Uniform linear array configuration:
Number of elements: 16
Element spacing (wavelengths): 0.25
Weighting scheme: blackman
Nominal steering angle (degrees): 15
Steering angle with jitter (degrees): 13.613
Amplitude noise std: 0.05
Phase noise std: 0.05

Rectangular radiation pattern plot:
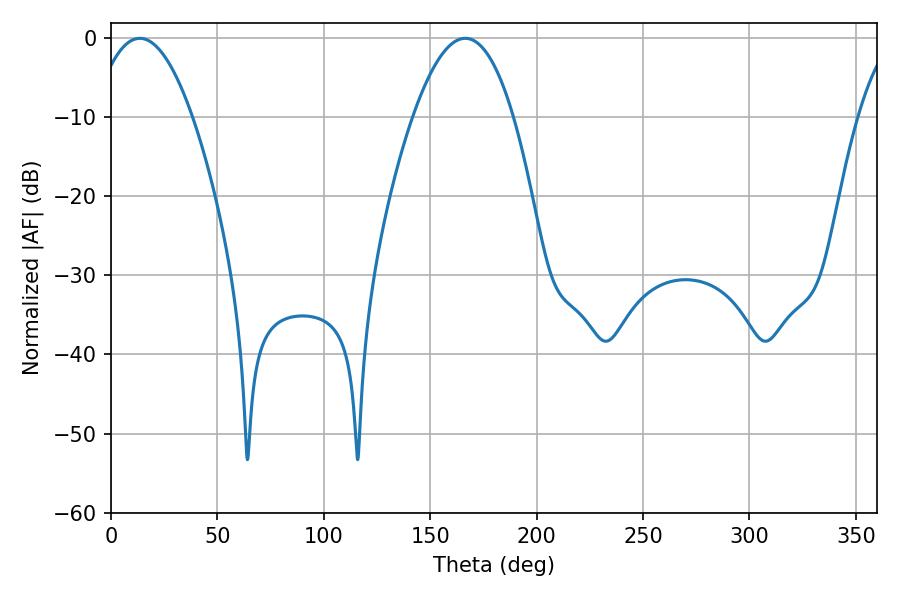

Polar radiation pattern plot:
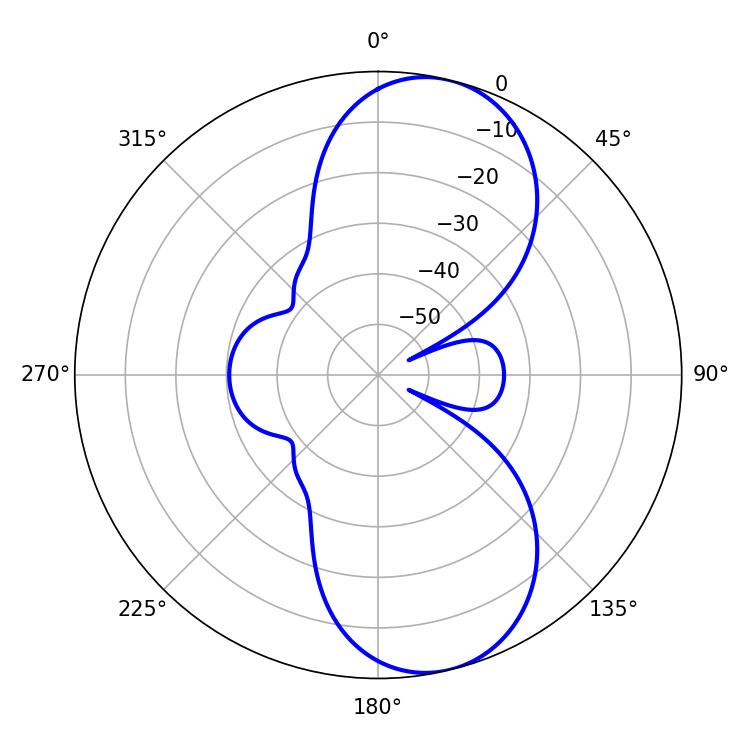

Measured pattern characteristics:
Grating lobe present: FALSE
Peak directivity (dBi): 9.341
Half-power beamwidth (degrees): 25.92
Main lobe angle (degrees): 13.5